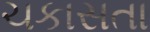
ચકાસતા